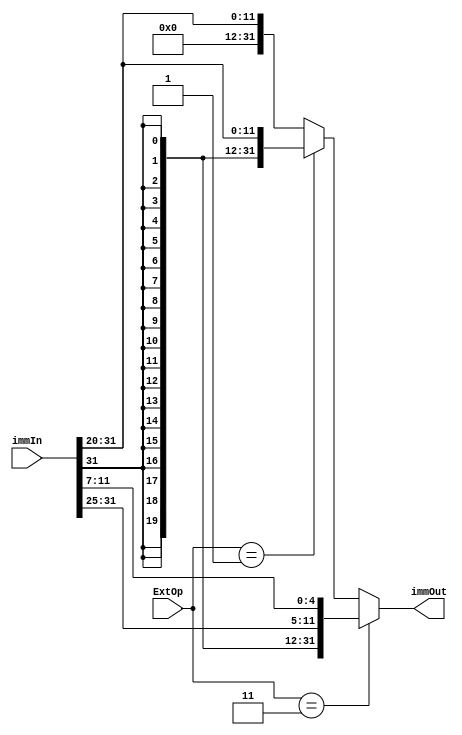


module EXT(input [31:0] immIn,
           input [1:0] ExtOp,
           output reg [31:0] immOut);//**need to change in pipeline immediate
   always @(ExtOp or immIn)
	begin
	if (ExtOp==2'b11)
       immOut <={{20{immIn[31]}},immIn[31:25],immIn[11:7]};
	else if(ExtOp==2'b01)
       immOut <= {{20{immIn[31]}},immIn[31:20]};
   else
       immOut <= {20'b0,immIn[31:20]};
	end
   
endmodule // ext